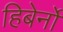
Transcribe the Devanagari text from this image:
हिबेर्नो